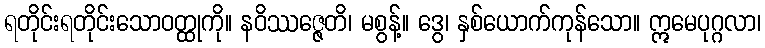
ရတိုင်းရတိုင်းသောဝတ္ထုကို။ နဝိဿဇ္ဇေတိ၊ မစွန့်။ ဒွေ၊ နှစ်ယောက်ကုန်သော။ ဣမေပုဂ္ဂလာ၊